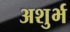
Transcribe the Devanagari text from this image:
अशुर्भ